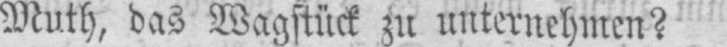
Muth, das Wagstück zu unternehmen?